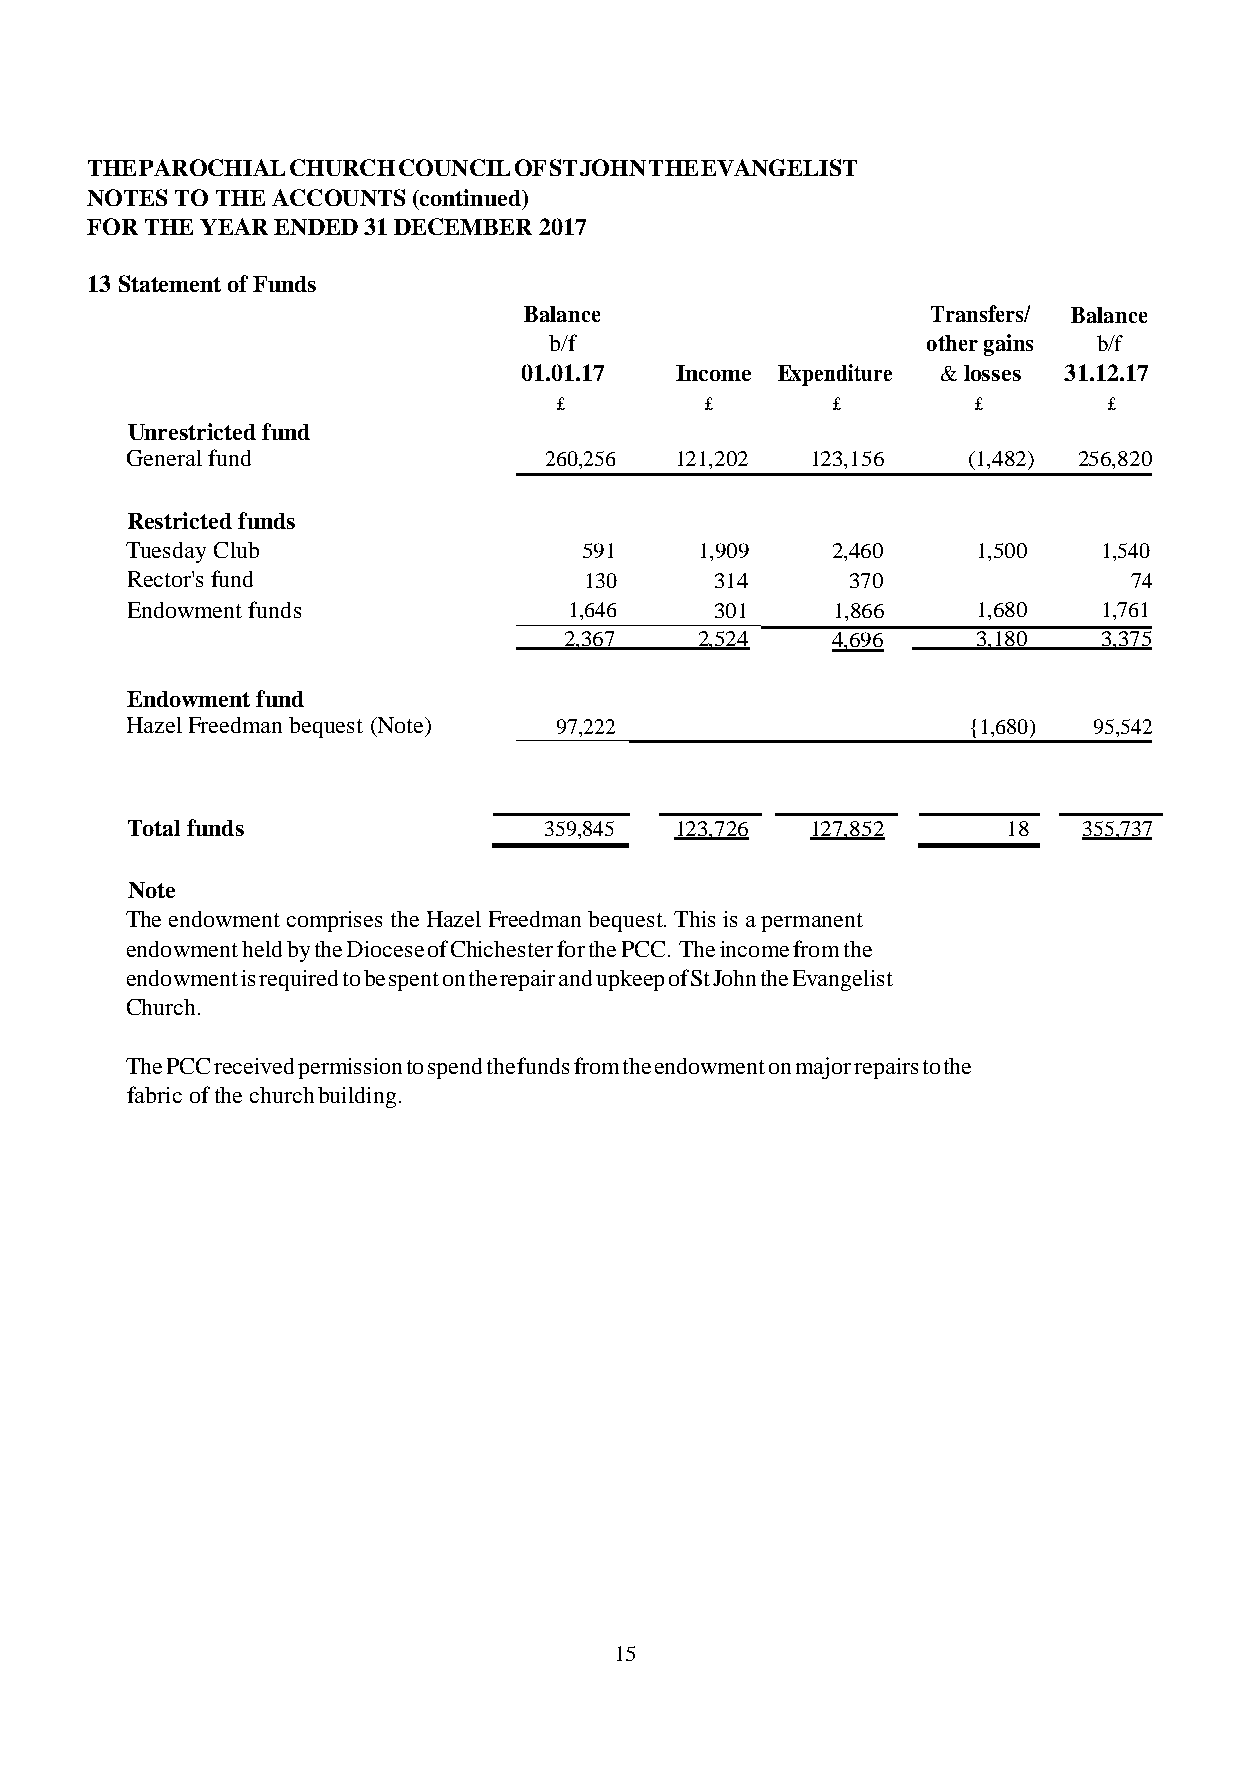
THE PAROCHIAL CHURCH COUNCIL OF ST JOHN THE EVANGELIST
 NOTES TO THE ACCOUNTS (continued)
 FOR THE YEAR ENDED 31 DECEMBER 2017
 13 Statement of Funds
 Balance                    Transfers/ Balance
 b/f                      other gains b/f
 01.01.17   Income Expenditure & losses 31.12.17
 £         £       £         £       £
 Unrestricted fund
 General fund                260,256  121,202  123,156   (1,482) 256,820
 Restricted funds
 Tuesday Club                   591    1,909    2,460     1,500   1,540
 Rector's fund                  130     314      370                74
 Endowment funds               1,646    301     1,866     1,680   1,761
 2,367    2,524    4,696     3,180   3,375
 Endowment fund
 Hazel Freedman bequest (Note) 97,222                    {1,680) 95,542
 Total funds                 359,845  123,726  127,852      18   355,737
 Note
 The endowment comprises the Hazel Freedman bequest. This is a permanent
 endowment held by the Diocese of Chichester for the PCC. The income from the
 endowment is required to be spent on the repair and upkeep of St John the Evangelist
 Church.
 The PCC received permission to spend the funds from the endowment on major repairs to the
 fabric of the church building.
 15
 56